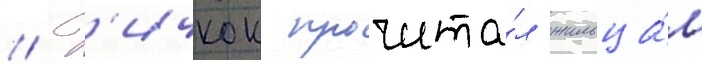
// Х'ичкок прочита́л жильца́м